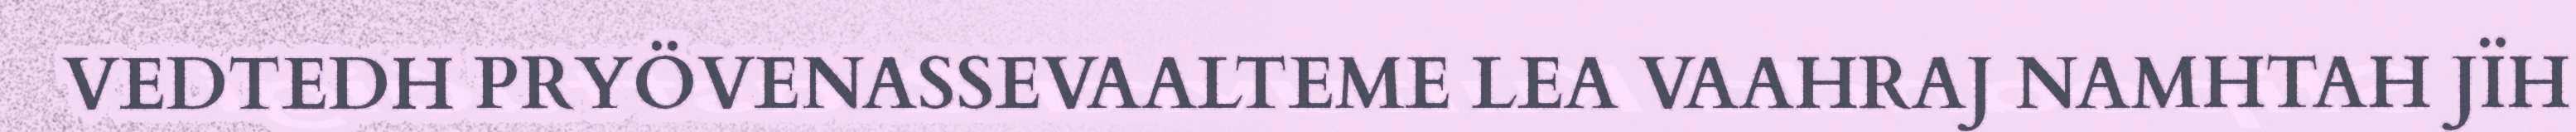
VEDTEDH PRYÖVENASSEVAALTEME LEA VAAHRAJ NAMHTAH JÏH